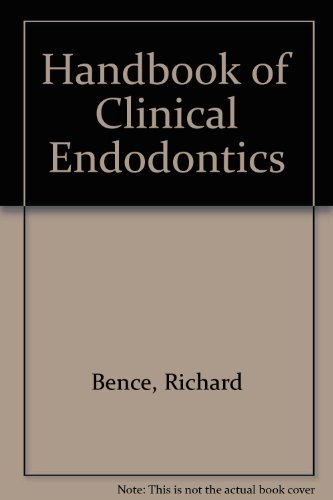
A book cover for Anesthesia and Perioperative Complications; Jonathan Benumof; Medical Books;